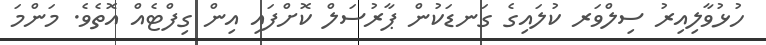
ހުޅުވާލިއިރު ސިލްވަރ ކުލައިގެ ގަނޑަކުން ޕާރުސަލް ކޮށްފައި އިން ގިފްޓެއް އޮތެވެ. މަންމަ